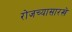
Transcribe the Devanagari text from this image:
रोजच्यासारखे